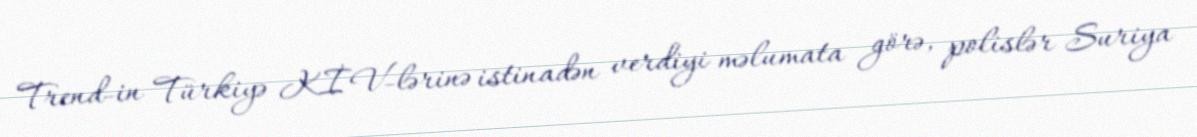
Trend-in Türkiyə KİV-lərinə istinadən verdiyi məlumata görə, polislər Suriya